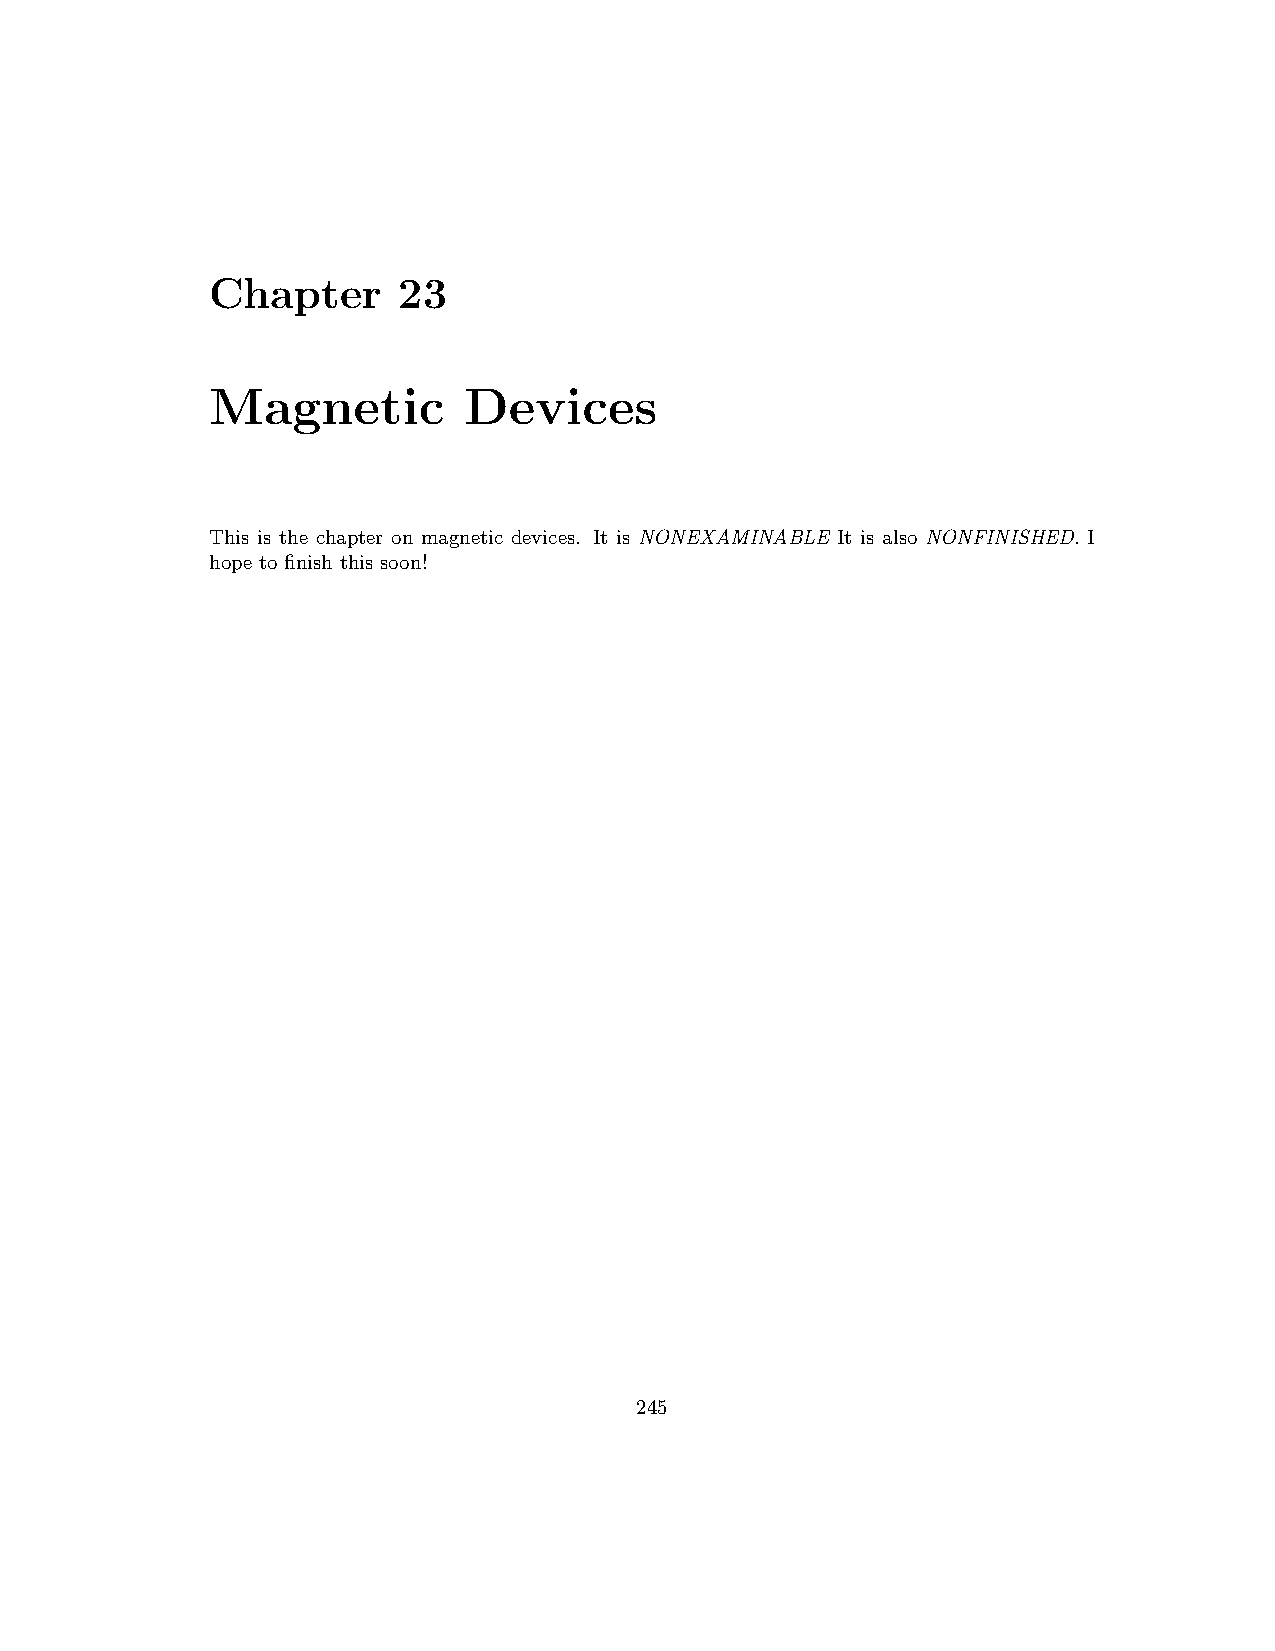
Chapter     23
 Magnetic         Devices
 This is the chapter on magnetic devices. It is NONEXAMINABLE It is also NONFINISHED. I
 hope to finish this soon!
 245